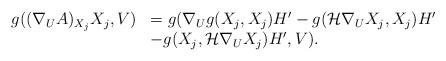
LaTeX: \begin{align*}\begin{array}{ll}g((\nabla_U A)_{X_j} X_j, V) &= g(\nabla_U g(X_j, X_j) H' - g(\mathcal{H} \nabla_U X_j, X_j) H' \\&- g(X_j, \mathcal{H} \nabla_U X_j) H', V).\end{array}\end{align*}